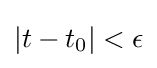
|t-t_{0}|<\epsilon